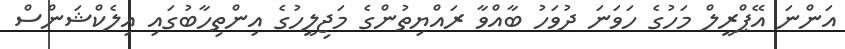
އަންނަ އޭޕްރީލް މަހުގެ ހަވަނަ ދުވަހު ބާއްވާ ރައްޔިތުންގެ މަޖިލީހުގެ އިންތިހާބުގައި އިލެކްޝަންސް